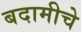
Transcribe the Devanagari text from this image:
बदामीचे